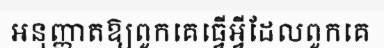
អនុញ្ញាតឱ្យពួកគេធ្វើអ្វីដែលពួកគេ